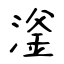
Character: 滏